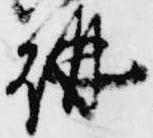
講